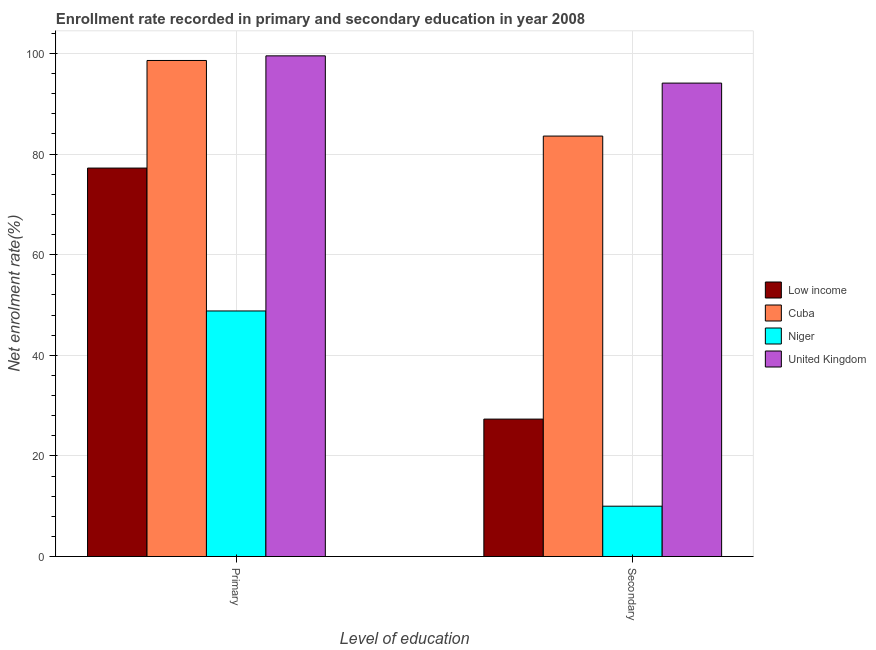
| Level of education | Low income | Cuba | Niger | United Kingdom |
 | --- | --- | --- | --- | --- |
 | Primary | 77.2 | 98.6 | 48.8 | 99.5 |
 | Secondary | 27.3 | 83.6 | 10 | 94.1 |